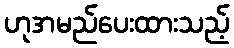
ဟုအမည်ပေးထားသည့်